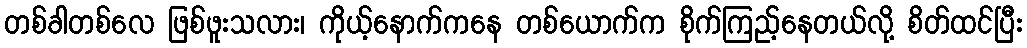
တစ်ခါတစ်လေ ဖြစ်ဖူးသလား၊ ကိုယ့်နောက်ကနေ တစ်ယောက်က စိုက်ကြည့်နေတယ်လို့ စိတ်ထင်ပြီး